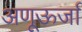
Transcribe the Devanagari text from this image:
अणूऊर्जा